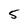
Character: 5